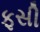
ફસી